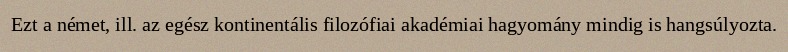
Ezt a német, ill. az egész kontinentális filozófiai akadémiai hagyomány mindig is hangsúlyozta.